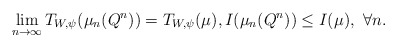
\begin{align*}\lim_{n\to\infty} T_{W,\psi}(\mu_n(Q^n))= T_{W,\psi}(\mu), I(\mu_n(Q^n))\le I(\mu), \ \forall n.\end{align*}